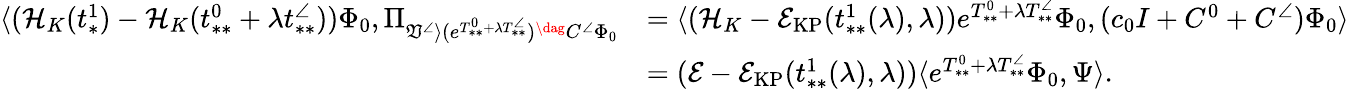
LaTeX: \begin{array}{rl}{\langle(\mathcal{H}_{K}(t_{*}^{1})-\mathcal{H}_{K}(t_{**}^{0}+\lambda t_{**}^{\angle}))\Phi_{0},\Pi_{\mathfrak{V}^{\angle}\rangle(e^{T_{**}^{0}+\lambda T_{**}^{\angle}})^{\dag}C^{\angle}\Phi_{0}}}&{=\langle(\mathcal{H}_{K}-\mathcal{E}_{\mathrm{KP}}(t_{**}^{1}(\lambda),\lambda))e^{T_{**}^{0}+\lambda T_{**}^{\angle}}\Phi_{0},(c_{0}I+C^{0}+C^{\angle})\Phi_{0}\rangle}\\ &{=(\mathcal{E}-\mathcal{E}_{\mathrm{KP}}(t_{**}^{1}(\lambda),\lambda))\langle e^{T_{**}^{0}+\lambda T_{**}^{\angle}}\Phi_{0},\Psi\rangle.}\end{array}